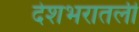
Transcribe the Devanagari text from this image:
देशभरातली